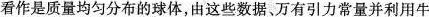
看作是质量均匀分布的球体，由这些数据、万有引力常量并利用牛